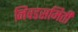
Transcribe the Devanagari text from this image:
निवडसमिती